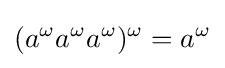
(a^{\omega }a^{\omega }a^{\omega })^{\omega }=a^{\omega }